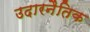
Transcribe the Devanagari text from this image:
उदारनैतिक